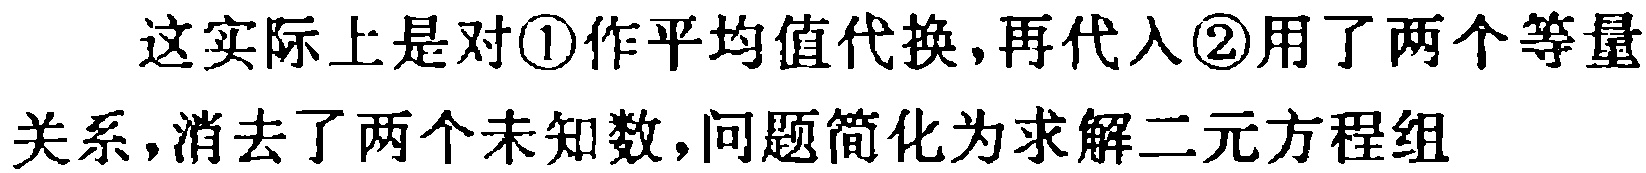
这实际上是对\textcircled{1}作平均值代换,再代入\textcircled{2}用了两个等量关系,消去了两个未知数,问题简化为求解二元方程组